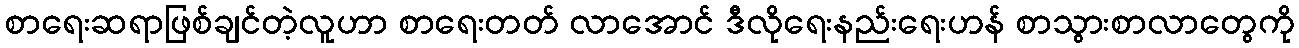
စာရေးဆရာဖြစ်ချင်တဲ့လူဟာ စာရေးတတ် လာအောင် ဒီလိုရေးနည်းရေးဟန် စာသွားစာလာတွေကို